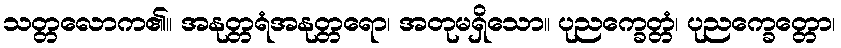
သတ္တလောက၏။ အနုတ္တရံအနုတ္တရော၊ အတုမရှိသော။ ပုညက္ခေတ္တံ၊ ပုညက္ခေတ္တော၊